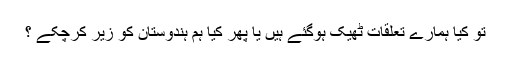
تو کیا ہمارے تعلقات ٹھیک ہوگئے ہیں یا پھر کیا ہم ہندوستان کو زیر کرچکے ؟